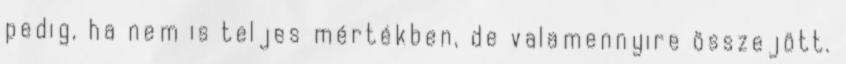
pedig, ha nem is teljes mértékben, de valamennyire összejött.